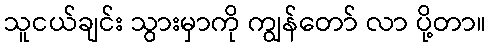
သူငယ်ချင်း သွားမှာကို ကျွန်တော် လာ ပို့တာ။